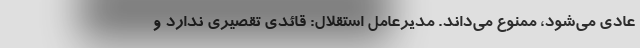
عادی می‌شود، ممنوع می‌داند. مدیرعامل استقلال: قائدی تقصیری ندارد و